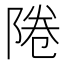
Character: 𨹵